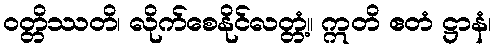
ဝတ္တိဿတိ၊ လိုက်စေနိုင်လတ္တံ့။ ဣတိ ဧတံ ဋ္ဌာနံ၊